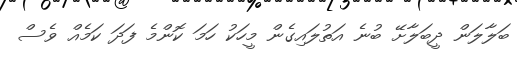
ބަލާލަން ދީބަލާށޭ ބުނެ އަތުލައިގެން މީހަކު ހަމަ ކޮންމެ ފަދަ ކަމެއް ވެސް